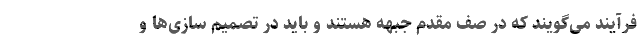
فرآیند می‌گویند که در صف مقدم جبهه هستند و باید در تصمیم سازی‌ها و